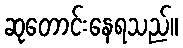
ဆုတောင်းနေရသည်။